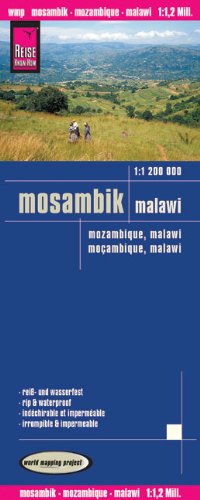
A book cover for Mosambik, Malawi = Mozambique, Malawi = Mocambique, Malawi (German and English Edition); Reise Know-How Verlag; Travel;